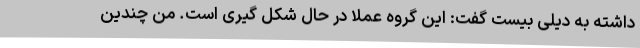
داشته به دیلی بیست گفت: این گروه عملا در حال شکل گیری است. من چندین